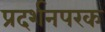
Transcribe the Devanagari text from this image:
प्रदर्शनपरक